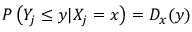
P \left( Y _ { j } \leq y | X _ { j } = x \right) = D _ { x } ( y )